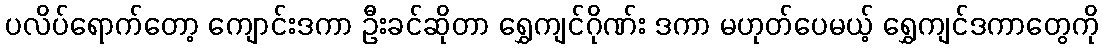
ပလိပ်ရောက်တော့ ကျောင်းဒကာ ဦးခင်ဆိုတာ ရွှေကျင်ဂိုဏ်း ဒကာ မဟုတ်ပေမယ့် ရွှေကျင်ဒကာတွေကို